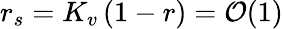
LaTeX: r_{s}=K_{v}\left(1-r\right)=\mathcal{O}(1)